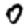
Digit: 0